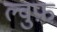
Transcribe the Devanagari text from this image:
ल्वुफ़